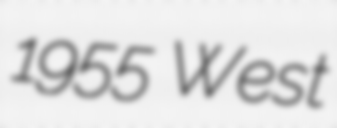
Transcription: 1955 West